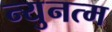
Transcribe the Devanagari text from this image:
न्युनत्म